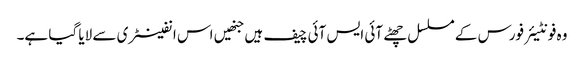
وہ فونٹیئر فورس کے مسلسل چھٹے آئی ایس آئی چیف ہیں جنھیں اس انفینٹری سے لایا گیا ہے۔